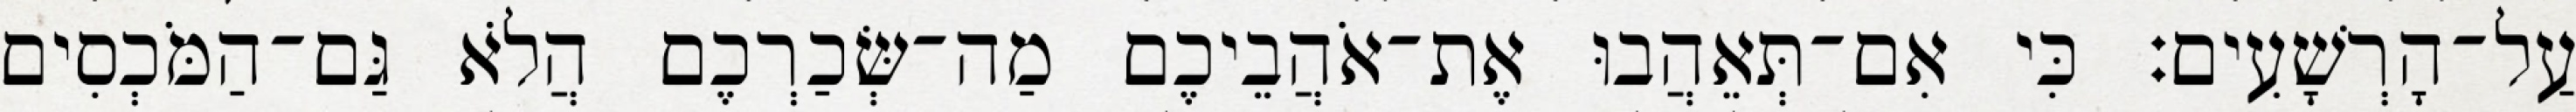
עַל־הָרְשָׁעִים׃ כִּי אִם־תְּאֵהֲבוּ אֶת־אֹהֲבֵיכֶם מַה־שְּׂכַרְכֶם הֲלֹא גַּם־הַמֹּכְסִים